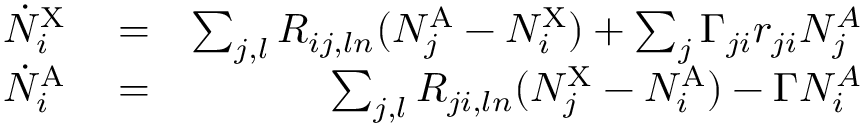
\begin{array} { r l r } { \dot { N } _ { i } ^ { \mathrm { X } } } & { { } = } & { \sum _ { j , l } R _ { i j , l n } ( N _ { j } ^ { \mathrm { A } } - N _ { i } ^ { \mathrm { X } } ) + \sum _ { j } \Gamma _ { j i } r _ { j i } N _ { j } ^ { A } } \\ { \dot { N } _ { i } ^ { \mathrm { A } } } & { { } = } & { \sum _ { j , l } R _ { j i , l n } ( N _ { j } ^ { \mathrm { X } } - N _ { i } ^ { \mathrm { A } } ) - \Gamma N _ { i } ^ { A } } \end{array}